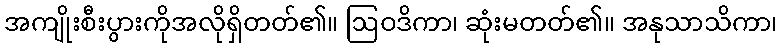
အကျိုးစီးပွားကိုအလိုရှိတတ်၏။ ဩဝဒိကာ၊ ဆုံးမတတ်၏။ အနုသာသိကာ၊